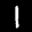
Label: 1